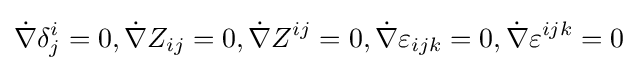
{\dot {\nabla }}\delta _{j}^{i}=0,{\dot {\nabla }}Z_{ij}=0,{\dot {\nabla }}Z^{ij}=0,{\dot {\nabla }}\varepsilon _{ijk}=0,{\dot {\nabla }}\varepsilon ^{ijk}=0